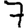
Digit: 7